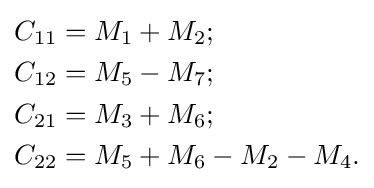
{\begin{aligned}C_{11}&=M_{1}+M_{2};\\C_{12}&=M_{5}-M_{7};\\C_{21}&=M_{3}+M_{6};\\C_{22}&=M_{5}+M_{6}-M_{2}-M_{4}.\\\end{aligned}}